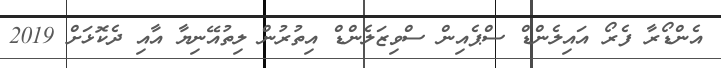
އެންޑޯރާ ފެރޯ އައިލެންޑް ސްޕެއިން ސްވިޒަލެންޑް އިތުރުން ލިތުއޭނިޔާ އާއި ދެކޮޅަށް 2019